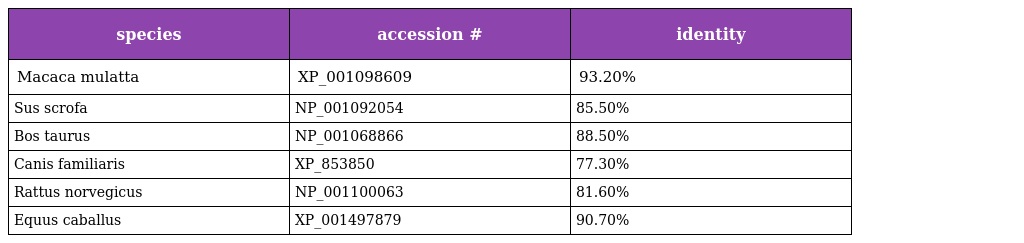
| species | accession # | identity |
 | --- | --- | --- |
 | Macaca mulatta | XP_001098609 | 93.20% |
 | Sus scrofa | NP_001092054 | 85.50% |
 | Bos taurus | NP_001068866 | 88.50% |
 | Canis familiaris | XP_853850 | 77.30% |
 | Rattus norvegicus | NP_001100063 | 81.60% |
 | Equus caballus | XP_001497879 | 90.70% |